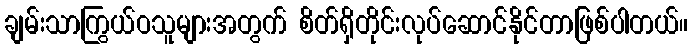
ချမ်းသာကြွယ်ဝသူများအတွက် စိတ်ရှိတိုင်းလုပ်ဆောင်နိုင်တာဖြစ်ပါတယ်။